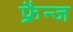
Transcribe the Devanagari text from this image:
फ्रैन्ज